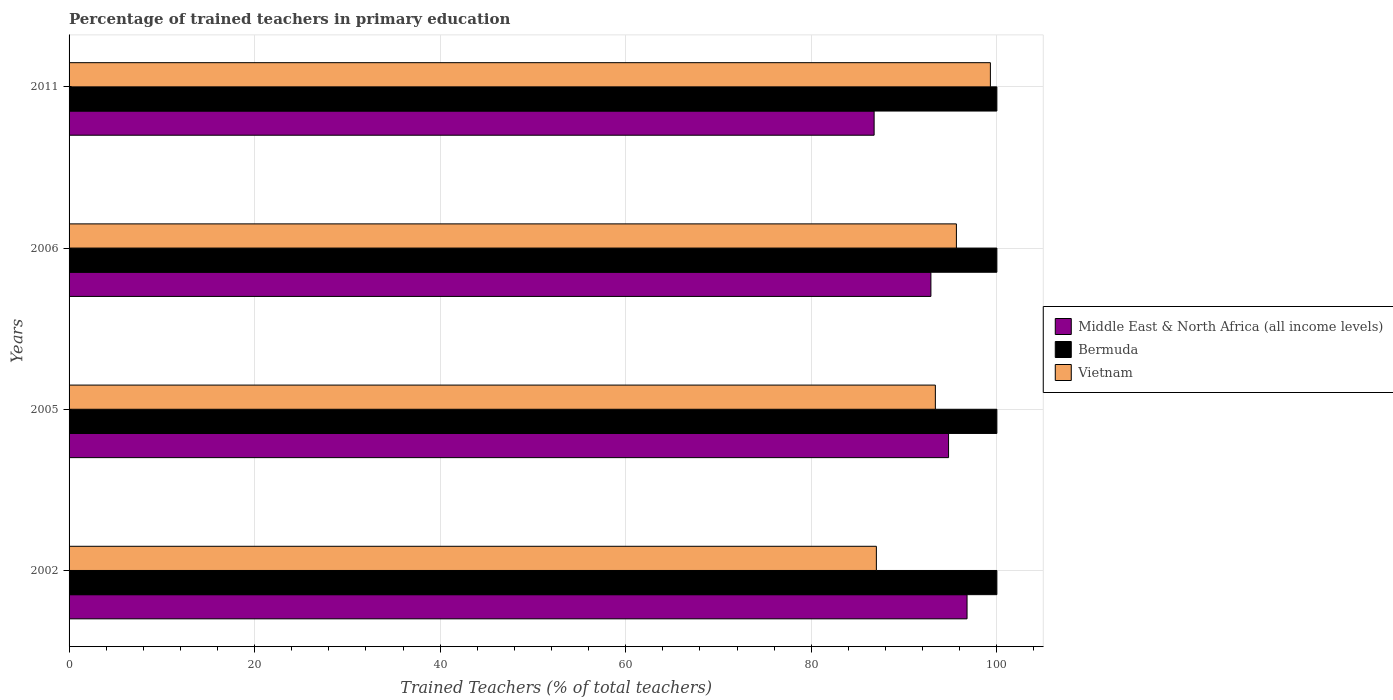
| Years | Middle East & North Africa (all income levels) | Bermuda | Vietnam |
 | --- | --- | --- | --- |
 | 2002 | 96.8 | 100 | 87 |
 | 2005 | 94.8 | 100 | 93.4 |
 | 2006 | 92.9 | 100 | 95.6 |
 | 2011 | 86.8 | 100 | 99.3 |